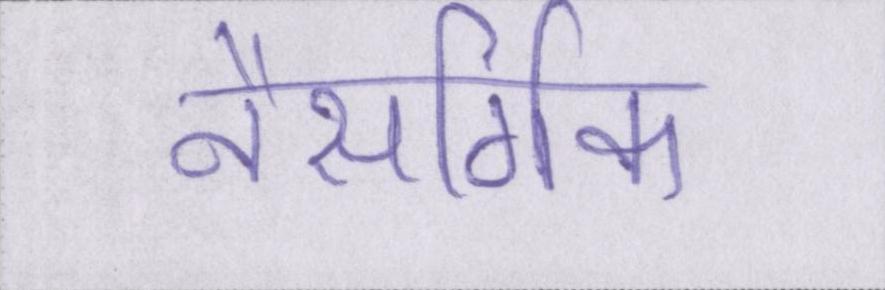
नैसर्गिक